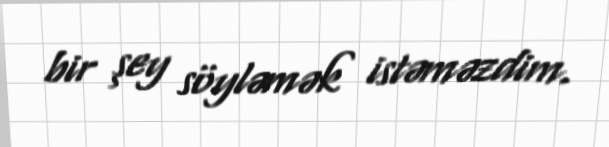
bir şey söyləmək istəməzdim.